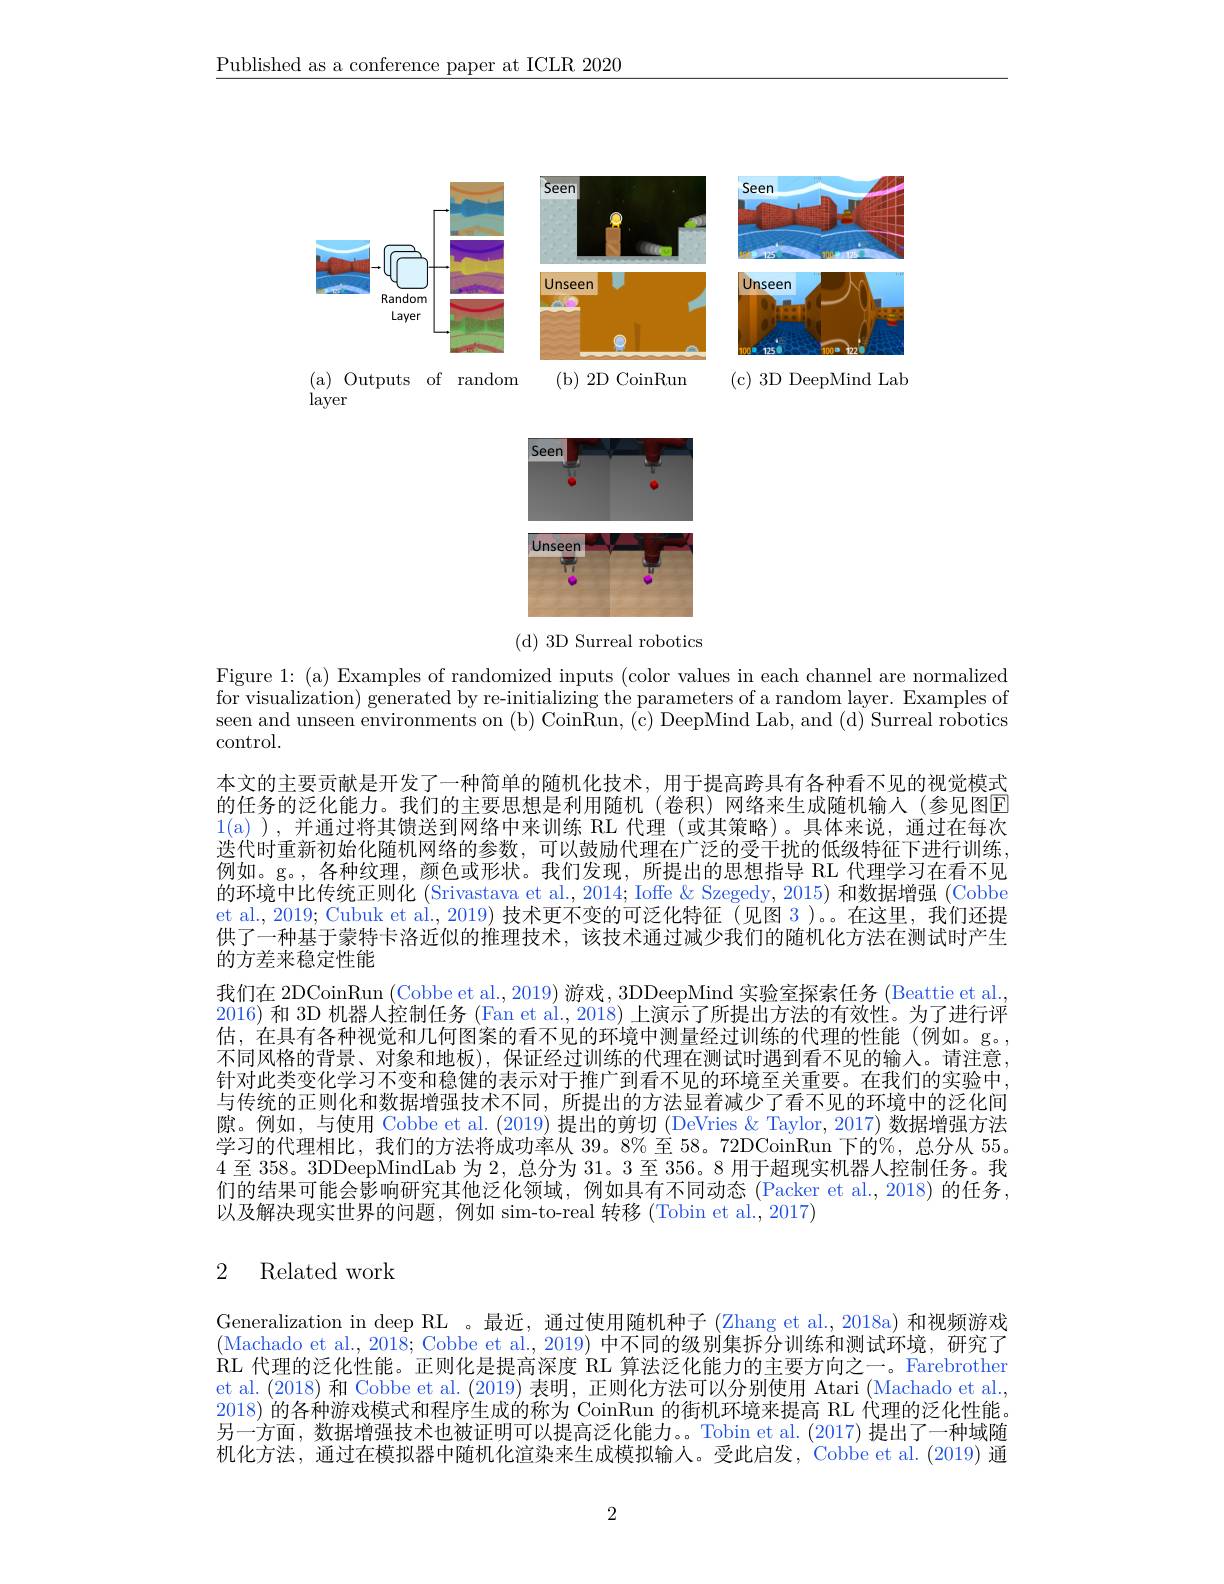
$\underline{\text{Published as a conference paper at ICLR 2020}}$

<FigureHere>

(d) 3D Surreal robotics

Figure 1: (a) Examples of randomized inputs (color values in each channel are normalized for visualization) generated by re-initializing the parameters of a random layer. Examples of seen and unseen environments on (b) CoinRun, (c) DeepMind Lab, and (d) Surreal robotics control.

本文的主要贡献是开发了一种简单的随机化技术，用于提高跨具有各种看不见的视觉模式的任务的泛化能力。我们的主要思想是利用随机(卷积)网络来生成随机输人(参见图E 1(a)),并通过将其馈送到网络中来训练 RL 代理 (或其策略)。具体来说，通过在每次迭代时重新初始化随机网络的参数，可以鼓励代理在广泛的受干扰的低级特征下进行训练， 例如。g。,各种纹理，颜色或形状。我们发现，所提出的思想指导 RL 代理学习在看不见的环境中比传统正则化 (Srivastava et al., 2014; Ioffe & Szegedy, 2015) 和数据增强 (Cobbe et al., 2019; Cubuk et al., 2019) 技术更不变的可泛化特征 (见图 3 )。。在这里，我们还提供了一种基于蒙特卡洛近似的推理技术，该技术通过减少我们的随机化方法在测试时产生的方差来稳定性能
我们在 2DCoinRun (Cobbe et al., 2019) 游戏，3DDeepMind 实验室探索任务 (Beattie et al. 2016) 和 3D 机器人控制任务 (Fan et al., 2018) 上演示了所提出方法的有效性。为了进行评估，在具有各种视觉和几何图案的看不见的环境中测量经过训练的代理的性能(例如。g。, 不同风格的背景、对象和地板),保证经过训练的代理在测试时遇到看不见的输人。请注意， 针对此类变化学习不变和稳健的表示对于推广到看不见的环境至关重要。在我们的实验中， 与传统的正则化和数据增强技术不同，所提出的方法显着减少了看不见的环境中的泛化间隙。例如，与使用 Cobbe et al. (2019) 提出的剪切 (DeVries & Taylor, 2017) 数据增强方法学习的代理相比，我们的方法将成功率从 39。8%至 58。72DCoinRun 下的$\%$, 总分从 55。4至 358。3DDeepMindLab 为 2, 总分为 31。3 至 356。8 用于超现实机器人控制任务。我们的结果可能会影响研究其他泛化领域，例如具有不同动态(Packer et al., 2018) 的任务， 以及解决现实世界的问题，例如 sim-to-real 转移 (Tobin et al., 2017)

## 2 Related work

Generalization in deep RL 。最近，通过使用随机种子 (Zhang et al., 2018a) 和视频游戏(Machado et al., 2018; Cobbe et al., 2019) 中不同的级别集拆分训练和测试环境，研究了RL 代理的泛化性能。正则化是提高深度 RL 算法泛化能力的主要方向之一。Farebrother et al.(2018) 和 Cobbe et al. (2019) 表明，正则化方法可以分别使用 Atari (Machado et al., 2018) 的各种游戏模式和程序生成的称为 CoinRun 的街机环境来提高 RL 代理的泛化性能。另一方面，数据增强技术也被证明可以提高泛化能力。。Tobin et al.(2017) 提出了一种域随机化方法，通过在模拟器中随机化渲染来生成模拟输人。受此启发，Cobbe et al.(2019) 通

2